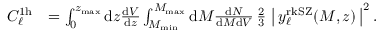
\begin{array} { r l } { C _ { \ell } ^ { \mathrm { 1 h } } } & { = \int _ { 0 } ^ { z _ { \mathrm { m a x } } } \mathrm { d } z \frac { \mathrm { d } V } { \mathrm { d } z } \int _ { M _ { \mathrm { m i n } } } ^ { M _ { \mathrm { m a x } } } \mathrm { d } M \frac { \mathrm { d } N } { \mathrm { d } M \mathrm { d } V } \, \frac { 2 } { 3 } \, \left| \, y _ { \ell } ^ { \mathrm { r k S Z } } ( M , z ) \, \right| ^ { 2 } . } \end{array}